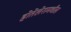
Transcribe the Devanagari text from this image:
होतेलेरामधील